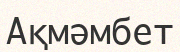
Ақмәмбет